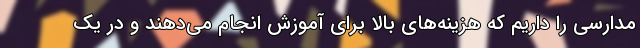
مدارسی را داریم که هزینه‌های بالا برای آموزش انجام می‌دهند و در یک